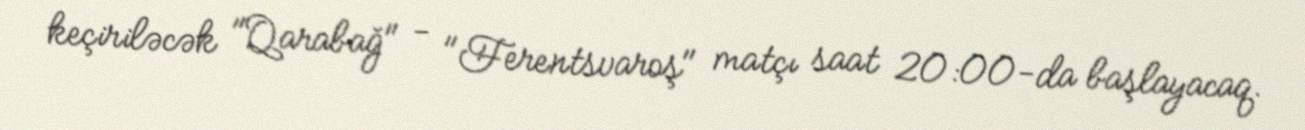
keçiriləcək "Qarabağ" - "Ferentsvaroş" matçı saat 20:00-da başlayacaq.